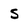
Character: s